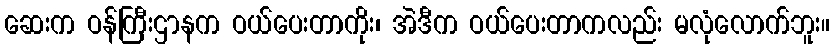
ဆေးက ဝန်ကြီးဌာနက ဝယ်ပေးတာကိုး၊ အဲဒီက ဝယ်ပေးတာကလည်း မလုံလောက်ဘူး။